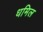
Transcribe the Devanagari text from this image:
धमिल